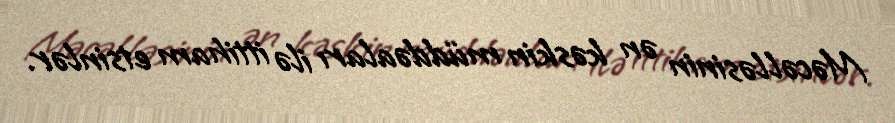
Məcəlləsinin ən kəskin müddəaları ilə ittiham etsinlər.